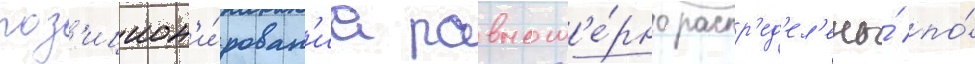
поз'ицион'и́рован'иа равном'е́рно распр'ед'ел'ены́ по́